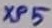
Text: XP5